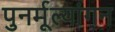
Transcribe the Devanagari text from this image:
पुनर्मूल्यांगन